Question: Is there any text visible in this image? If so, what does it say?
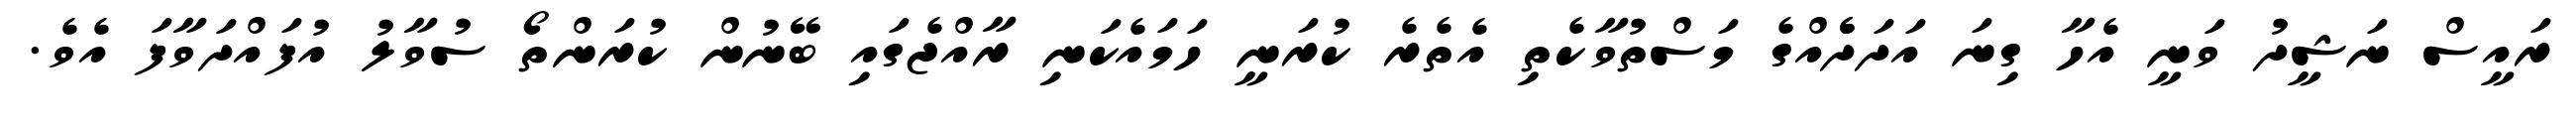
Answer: ރައީސް ނަޝީދު ވަނީ އެހާ ގިނަ އަދަދެެއްގެ މަސްތުވާކެތި އެތެރެ ކުރަނީ ހަމައެކަނި ރާއްޖެގައި ބޭނުން ކުރަންތޯ ސުވާލު އުފައްދަވާފަ އެވެ.